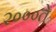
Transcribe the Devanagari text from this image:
२०००ते